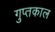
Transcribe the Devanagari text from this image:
गुप्‍तकाल